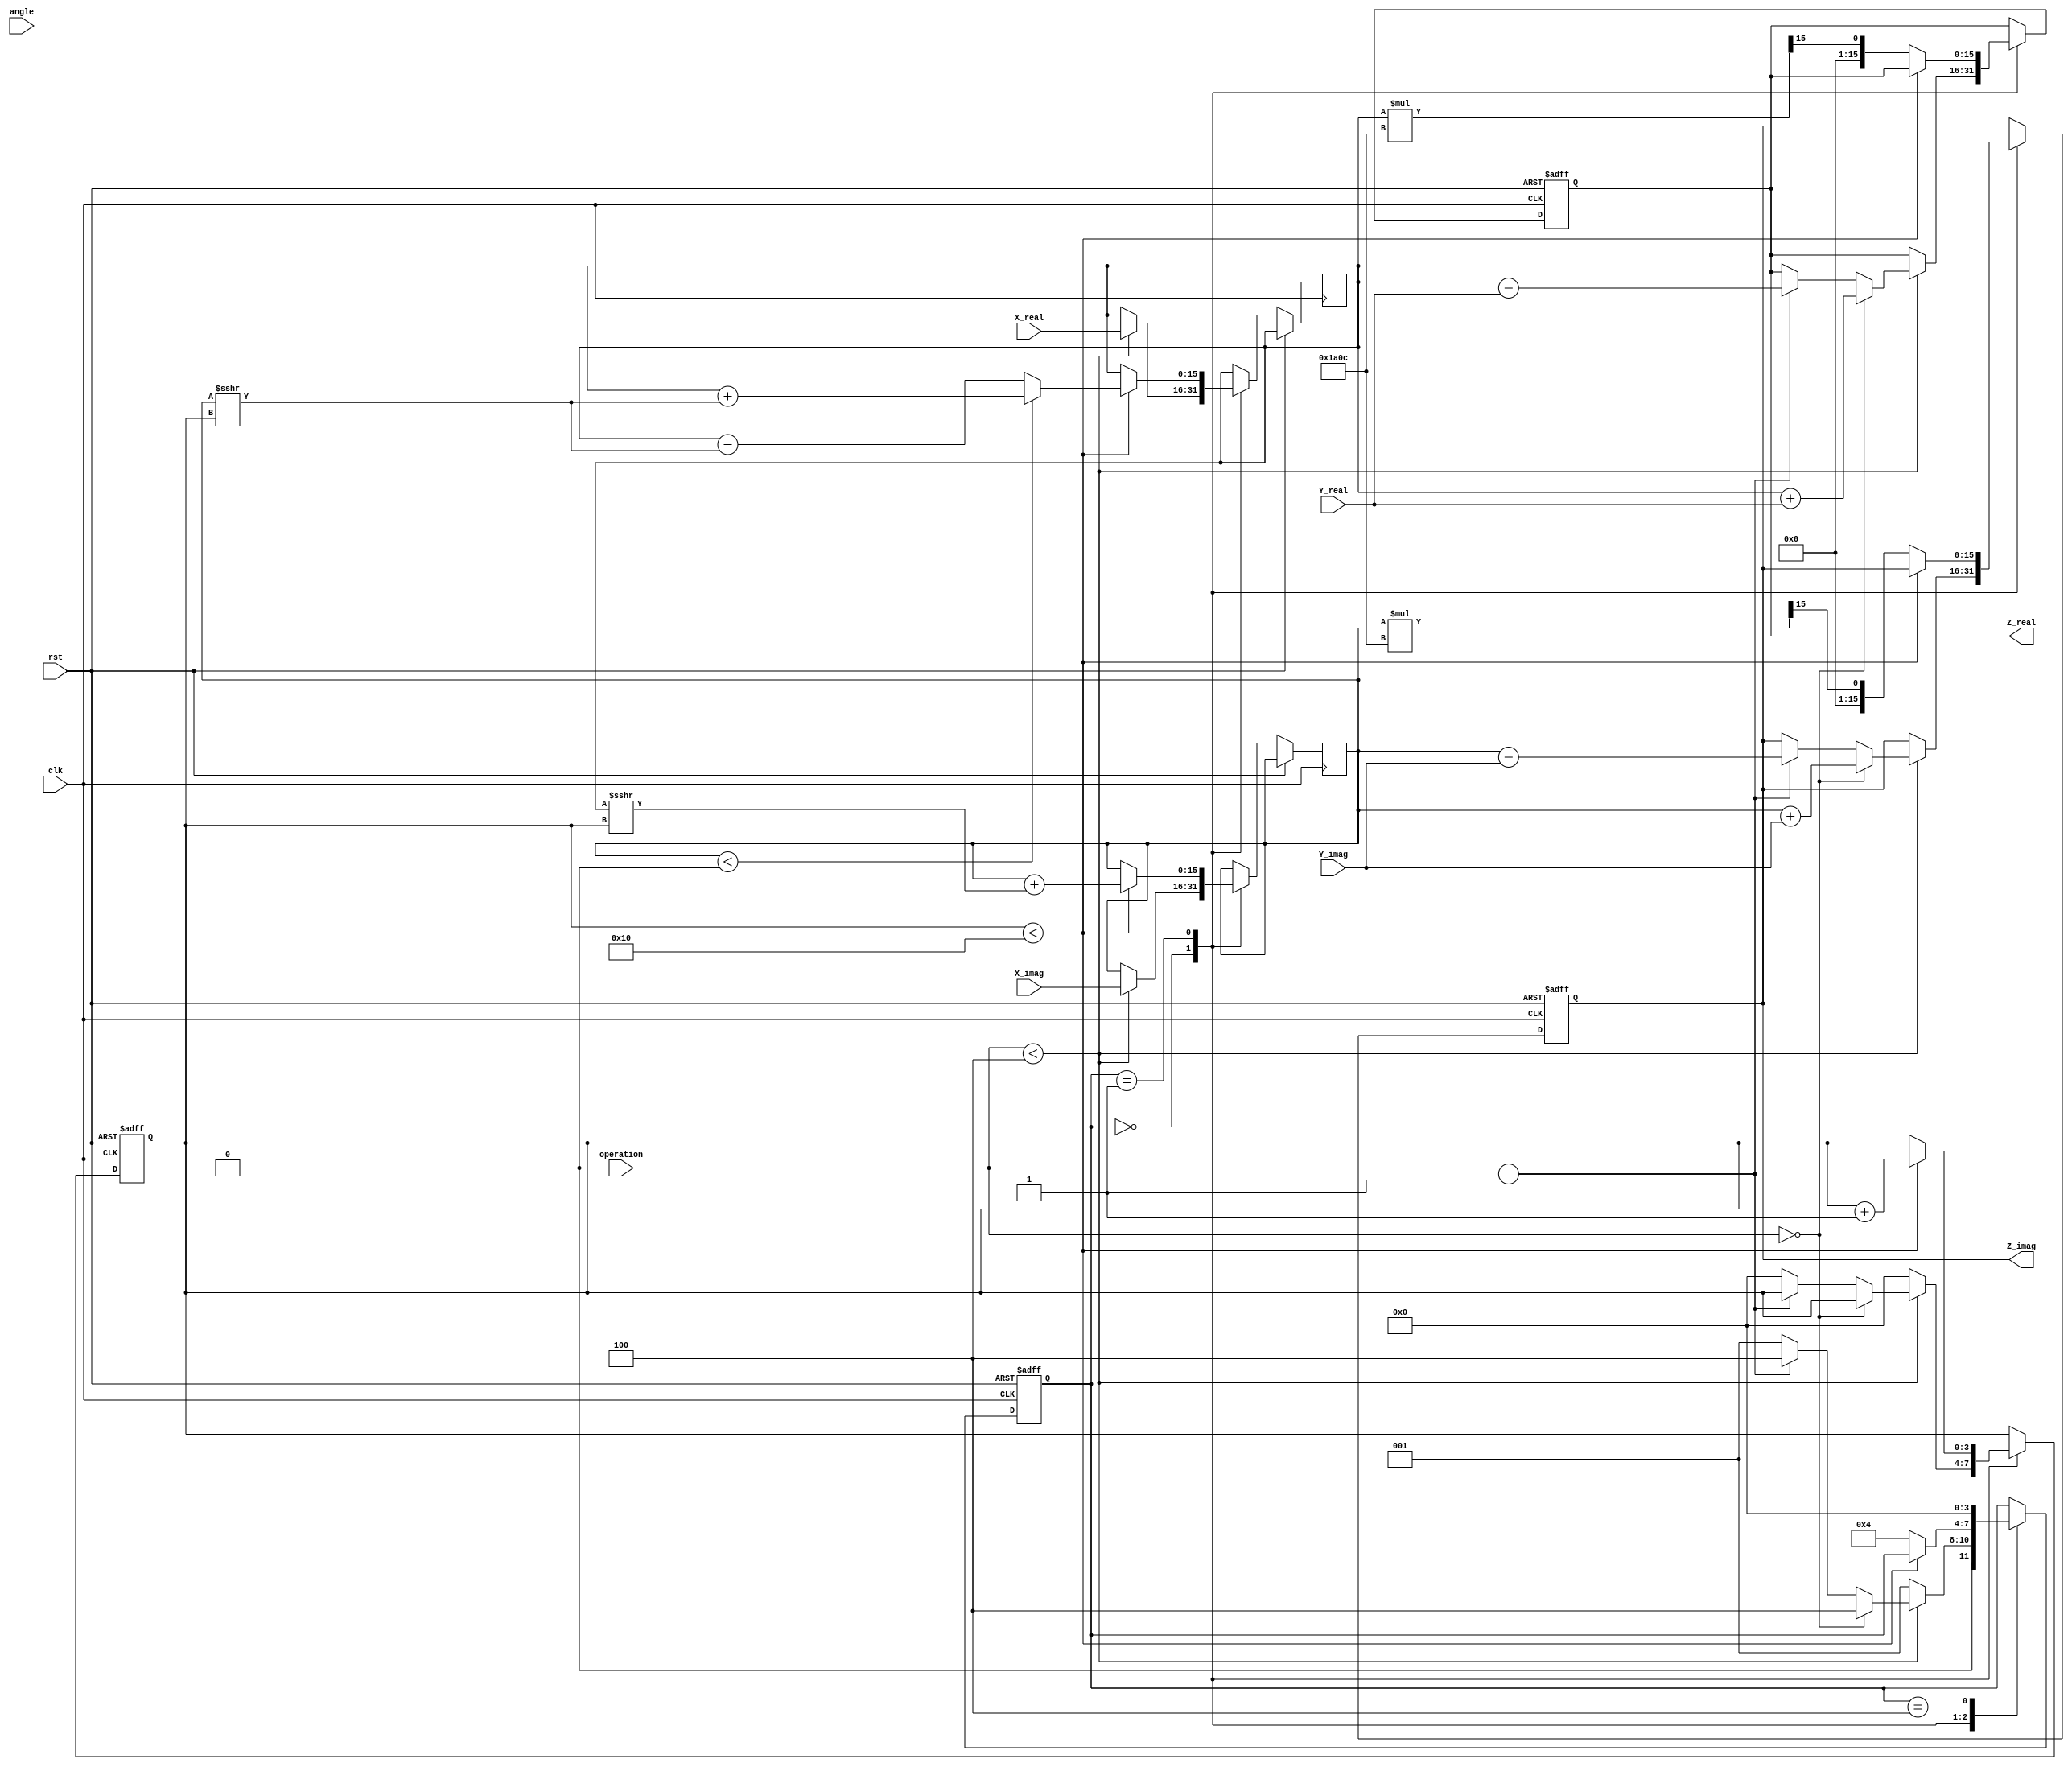
module complex_cordic #(
    parameter WIDTH = 16, // Bit width for fixed-point representation
    parameter NUM_ITER = 16 // Number of CORDIC iterations
)(
    input wire [WIDTH-1:0] X_real,
    input wire [WIDTH-1:0] X_imag,
    input wire [WIDTH-1:0] Y_real,
    input wire [WIDTH-1:0] Y_imag,
    input wire [2:0] operation, // 0: add, 1: sub, 2: mul, 3: div, 4: rotate
    input wire [WIDTH-1:0] angle, // Angle input for rotation
    input wire clk,
    input wire rst,
    output reg [WIDTH-1:0] Z_real,
    output reg [WIDTH-1:0] Z_imag
);

    // Internal signals
    reg [WIDTH-1:0] x, y;
    reg [WIDTH-1:0] z_real, z_imag;
    reg [WIDTH-1:0] angle_reg;
    reg [NUM_ITER-1:0] angle_table [0:NUM_ITER-1]; // Lookup table for angles
    reg [WIDTH-1:0] K; // Scaling factor
    reg [3:0] state;
    reg [3:0] count;

    // Initialize angle table and scaling factor
    initial begin
        // Populate angle_table with arctangent values for CORDIC
        // K is typically precomputed for the number of iterations
        angle_table[0] = 16'h2000; // atan(2^-0)
        angle_table[1] = 16'h1666; // atan(2^-1)
        angle_table[2] = 16'h0D89; // atan(2^-2)
        // Continue filling out the table...
        K = 16'h1A0C; // Example scaling factor for 16 iterations
    end

    // FSM for control
    always @(posedge clk or posedge rst) begin
        if (rst) begin
            state <= 0;
            count <= 0;
            Z_real <= 0;
            Z_imag <= 0;
        end else begin
            case (state)
                0: begin // Initialization
                    if (operation < 4) begin
                        x <= X_real;
                        y <= X_imag;
                        if (operation == 0) begin // Addition
                            Z_real <= x + Y_real;
                            Z_imag <= y + Y_imag;
                            state <= 4; // Go to done
                        end else if (operation == 1) begin // Subtraction
                            Z_real <= x - Y_real;
                            Z_imag <= y - Y_imag;
                            state <= 4; // Go to done
                        end else begin
                            angle_reg <= angle;
                            state <= 1; // Start CORDIC iterations
                            count <= 0;
                        end
                    end else begin
                        // Handle rotation mode
                        angle_reg <= angle;
                        state <= 1; // Start CORDIC iterations
                        count <= 0;
                    end
                end

                1: begin // CORDIC Iteration
                    if (count < NUM_ITER) begin
                        // CORDIC rotation logic
                        if (y < 0) begin
                            x <= x + (y >>> count);
                            y <= y + (x >>> count);
                        end else begin
                            x <= x - (y >>> count);
                            y <= y + (x >>> count);
                        end
                        angle_reg <= angle_reg - angle_table[count];
                        count <= count + 1;
                    end else begin
                        // Final scaling
                        Z_real <= x * K >>> (WIDTH - 1);
                        Z_imag <= y * K >>> (WIDTH - 1);
                        state <= 4; // Go to done
                    end
                end

                4: begin // Done
                    // Output results are already set
                    state <= 0; // Reset to initialization
                end
            endcase
        end
    end
endmodule